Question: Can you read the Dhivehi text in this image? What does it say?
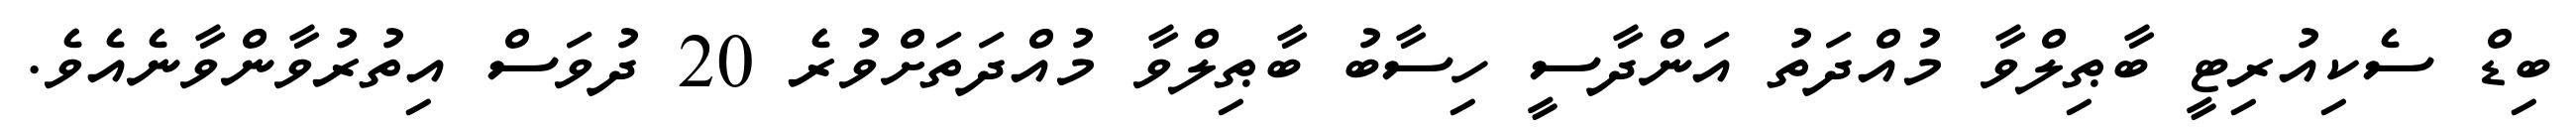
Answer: ބިޑް ސެކިއުރިޓީ ބާޠިލްވާ މުއްދަތު އަންދާސީ ހިސާބު ބާޠިލްވާ މުއްދަތަށްވުރެ 20 ދުވަސް އިތުރުވާންވާނެއެވެ.